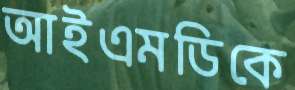
আইএমডিকে